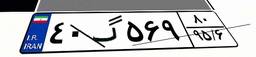
۸۳گ۶۶۰۴۷